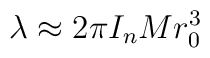
\lambda \approx 2\pi I_n Mr^3_0